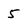
Character: 5